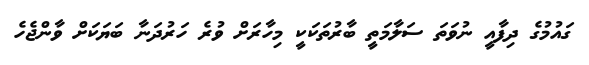
ގައުމުގެ ދިފާއީ ނުވަތަ ސަލާމަތީ ބާރުތަކަކީ މިހާރަށް ވުރެ ހަރުދަނާ ބަޔަކަށް ވާންޖެހެ